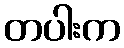
တပါးက